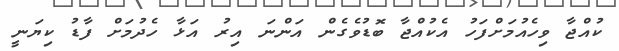
ކުއްޖާ ވިހެއުމަށްފަހު އެކުއްޖާ ބޮޑުވެގެން އަންނަ އިރު އަޅާ ހެދުމަށް ފާޑު ކިޔަނީ